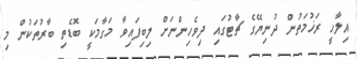
އިލާހީ ރަޚުމަތުން ދުނިޔޭގެ ޗާޓުގައި ދިވެހިންނަށް ލިބިފައިވާ މަގާމަކީ ބޮޑެތި ބާރުތަކުން މި